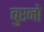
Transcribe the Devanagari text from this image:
बुएनो